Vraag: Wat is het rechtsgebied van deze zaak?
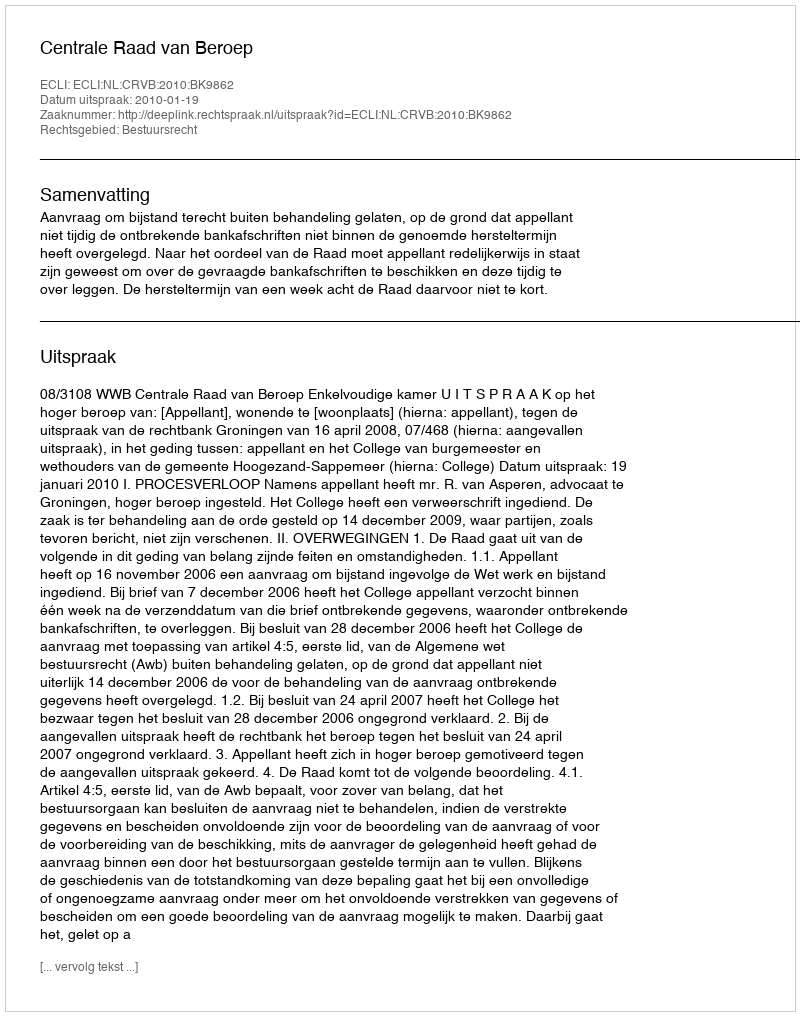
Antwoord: Bestuursrecht